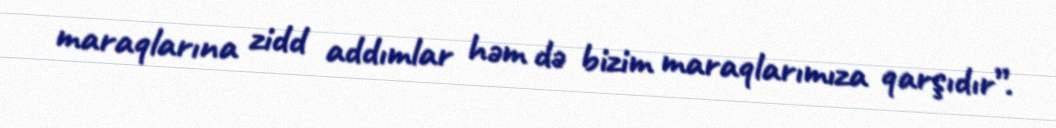
maraqlarına zidd addımlar həm də bizim maraqlarımıza qarşıdır”.